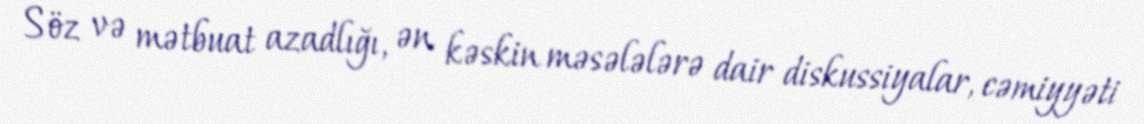
Söz və mətbuat azadlığı, ən kəskin məsələlərə dair diskussiyalar, cəmiyyəti